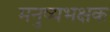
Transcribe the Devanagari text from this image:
मनुष्यभक्षक